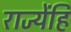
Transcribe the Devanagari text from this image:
राज्येंहि